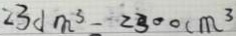
2 3 d m ^ { 3 } - 2 3 0 0 c m ^ { 3 }